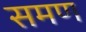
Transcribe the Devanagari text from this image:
समण